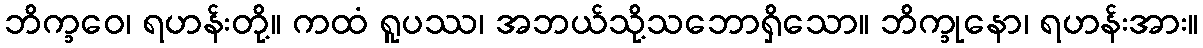
ဘိက္ခဝေ၊ ရဟန်းတို့။ ကထံ ရူပဿ၊ အဘယ်သို့သဘောရှိသော။ ဘိက္ခုနော၊ ရဟန်းအား။